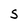
Character: S